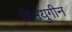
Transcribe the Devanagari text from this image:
हिमयुगीन